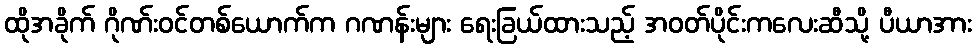
ထိုအခိုက် ဂိုဏ်းဝင်တစ်ယောက်က ဂဏန်းများ ရေးခြယ်ထားသည့် အဝတ်ပိုင်းကလေးဆီသို့ ပီယာအား